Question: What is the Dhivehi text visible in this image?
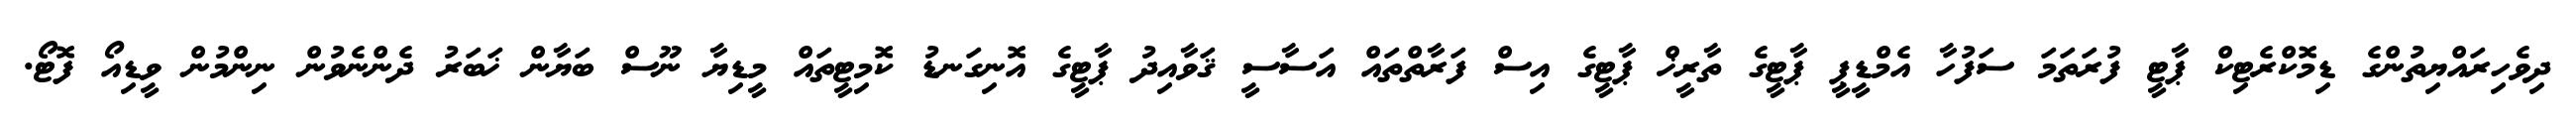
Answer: ދިވެހިރައްޔިތުންގެ ޑިމޮކްރެޓިކް ޕާޓީ ފުރަތަމަ ސަފުހާ އެމްޑީޕީ ޕާޓީގެ ތާރީޚް ޕާޓީގެ އިސް ފަރާތްތައް އަސާސީ ޤަވާއިދު ޕާޓީގެ އޮނިގަނޑު ކޮމިޓީތައް މީޑިޔާ ނޫސް ބަޔާން ޚަބަރު ދެންނެވުން ނިންމުން ވީޑިއޯ ފޮޓޯ.